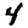
Digit: 4